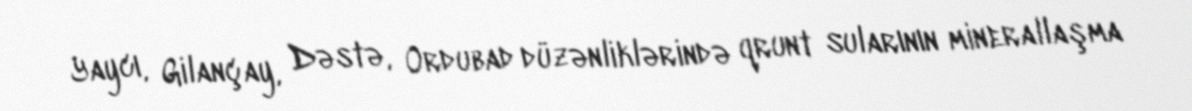
Yaycı, Gilançay, Dəstə, Ordubad düzənliklərində qrunt sularının minerallaşma